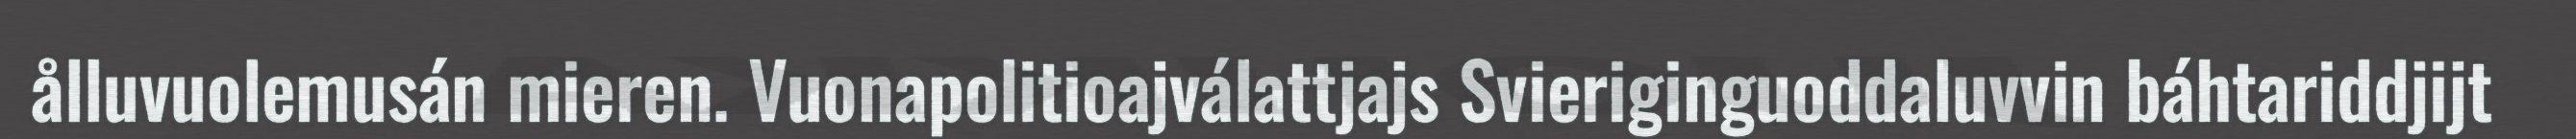
ålluvuolemusán mieren. Vuonapolitioajválattjajs Svieriginguoddaluvvin báhtariddjijt